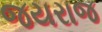
જયરાજ